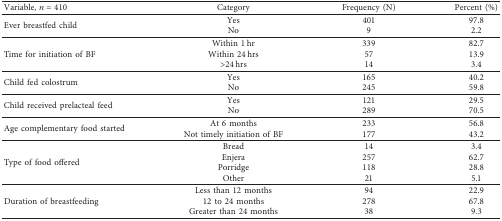
<table><thead><tr><td><b>Variable, <i>n</i>=410</b></td><td><b>Category</b></td><td><b>Frequency (N)</b></td><td><b>Percent (%)</b></td></tr></thead><tbody><tr><td rowspan="2">Ever breastfed child</td><td>Yes</td><td>401</td><td>97.8</td></tr><tr><td>No</td><td>9</td><td>2.2</td></tr><tr><td rowspan="3">Time for initiation of BF</td><td>Within 1 hr</td><td>339</td><td>82.7</td></tr><tr><td>Within 24 hrs</td><td>57</td><td>13.9</td></tr><tr><td>&gt;24 hrs</td><td>14</td><td>3.4</td></tr><tr><td rowspan="2">Child fed colostrum</td><td>Yes</td><td>165</td><td>40.2</td></tr><tr><td>No</td><td>245</td><td>59.8</td></tr><tr><td rowspan="2">Child received prelacteal feed</td><td>Yes</td><td>121</td><td>29.5</td></tr><tr><td>No</td><td>289</td><td>70.5</td></tr><tr><td rowspan="2">Age complementary food started</td><td>At 6 months</td><td>233</td><td>56.8</td></tr><tr><td>Not timely initiation of BF</td><td>177</td><td>43.2</td></tr><tr><td rowspan="4">Type of food offered</td><td>Bread</td><td>14</td><td>3.4</td></tr><tr><td>Enjera</td><td>257</td><td>62.7</td></tr><tr><td>Porridge</td><td>118</td><td>28.8</td></tr><tr><td>Other</td><td>21</td><td>5.1</td></tr><tr><td rowspan="3">Duration of breastfeeding</td><td>Less than 12 months</td><td>94</td><td>22.9</td></tr><tr><td>12 to 24 months</td><td>278</td><td>67.8</td></tr><tr><td>Greater than 24 months</td><td>38</td><td>9.3</td></tr></tbody></table>